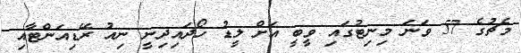
މެޗުގެ 57 ވަނަ މިނިޓުގައި ވީބީ އަށް ލީޑު ހޯދައިދިނީ ނިއު ރޭޑިއަންޓާއި